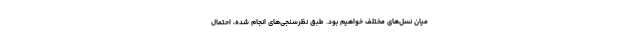
میان نسل‌های مختلف خواهیم بود. طبق نظرسنجی‌های انجام شده، احتمال